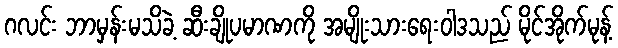
ဂလင်း ဘာမှန်းမသိခဲ့ ဆီးချိုပမာဏကို အမျိုးသားရေးဝါဒသည် မိုင်အိုက်မုန့်